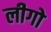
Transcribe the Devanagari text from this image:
लीगो